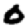
Digit: 0